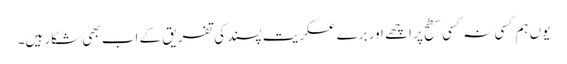
یوں ہم کسی نہ کسی سطح پر اچھے اور برے عسکریت پسند کی تفریق کے اب بھی شکار ہیں۔